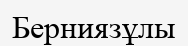
Берниязұлы